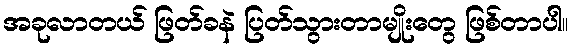
အခုလာတယ် ဖြတ်ခနဲ ပြတ်သွားတာမျိုးတွေ ဖြစ်တာပါ။